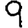
Digit: 9